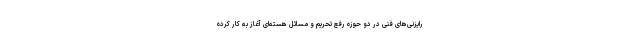
رایزنی‌های فنی در دو حوزه رفع تحریم و مسائل هسته‌ای آغاز به کار کرده